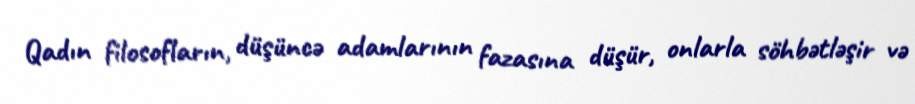
Qadın filosofların, düşüncə adamlarının fazasına düşür, onlarla söhbətləşir və